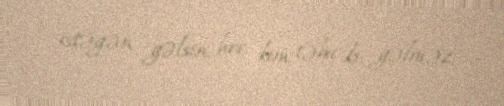
istəyən gəlsin, heç kim təbii ki, gəlməz.